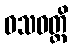
ဝသဝတ္တိ